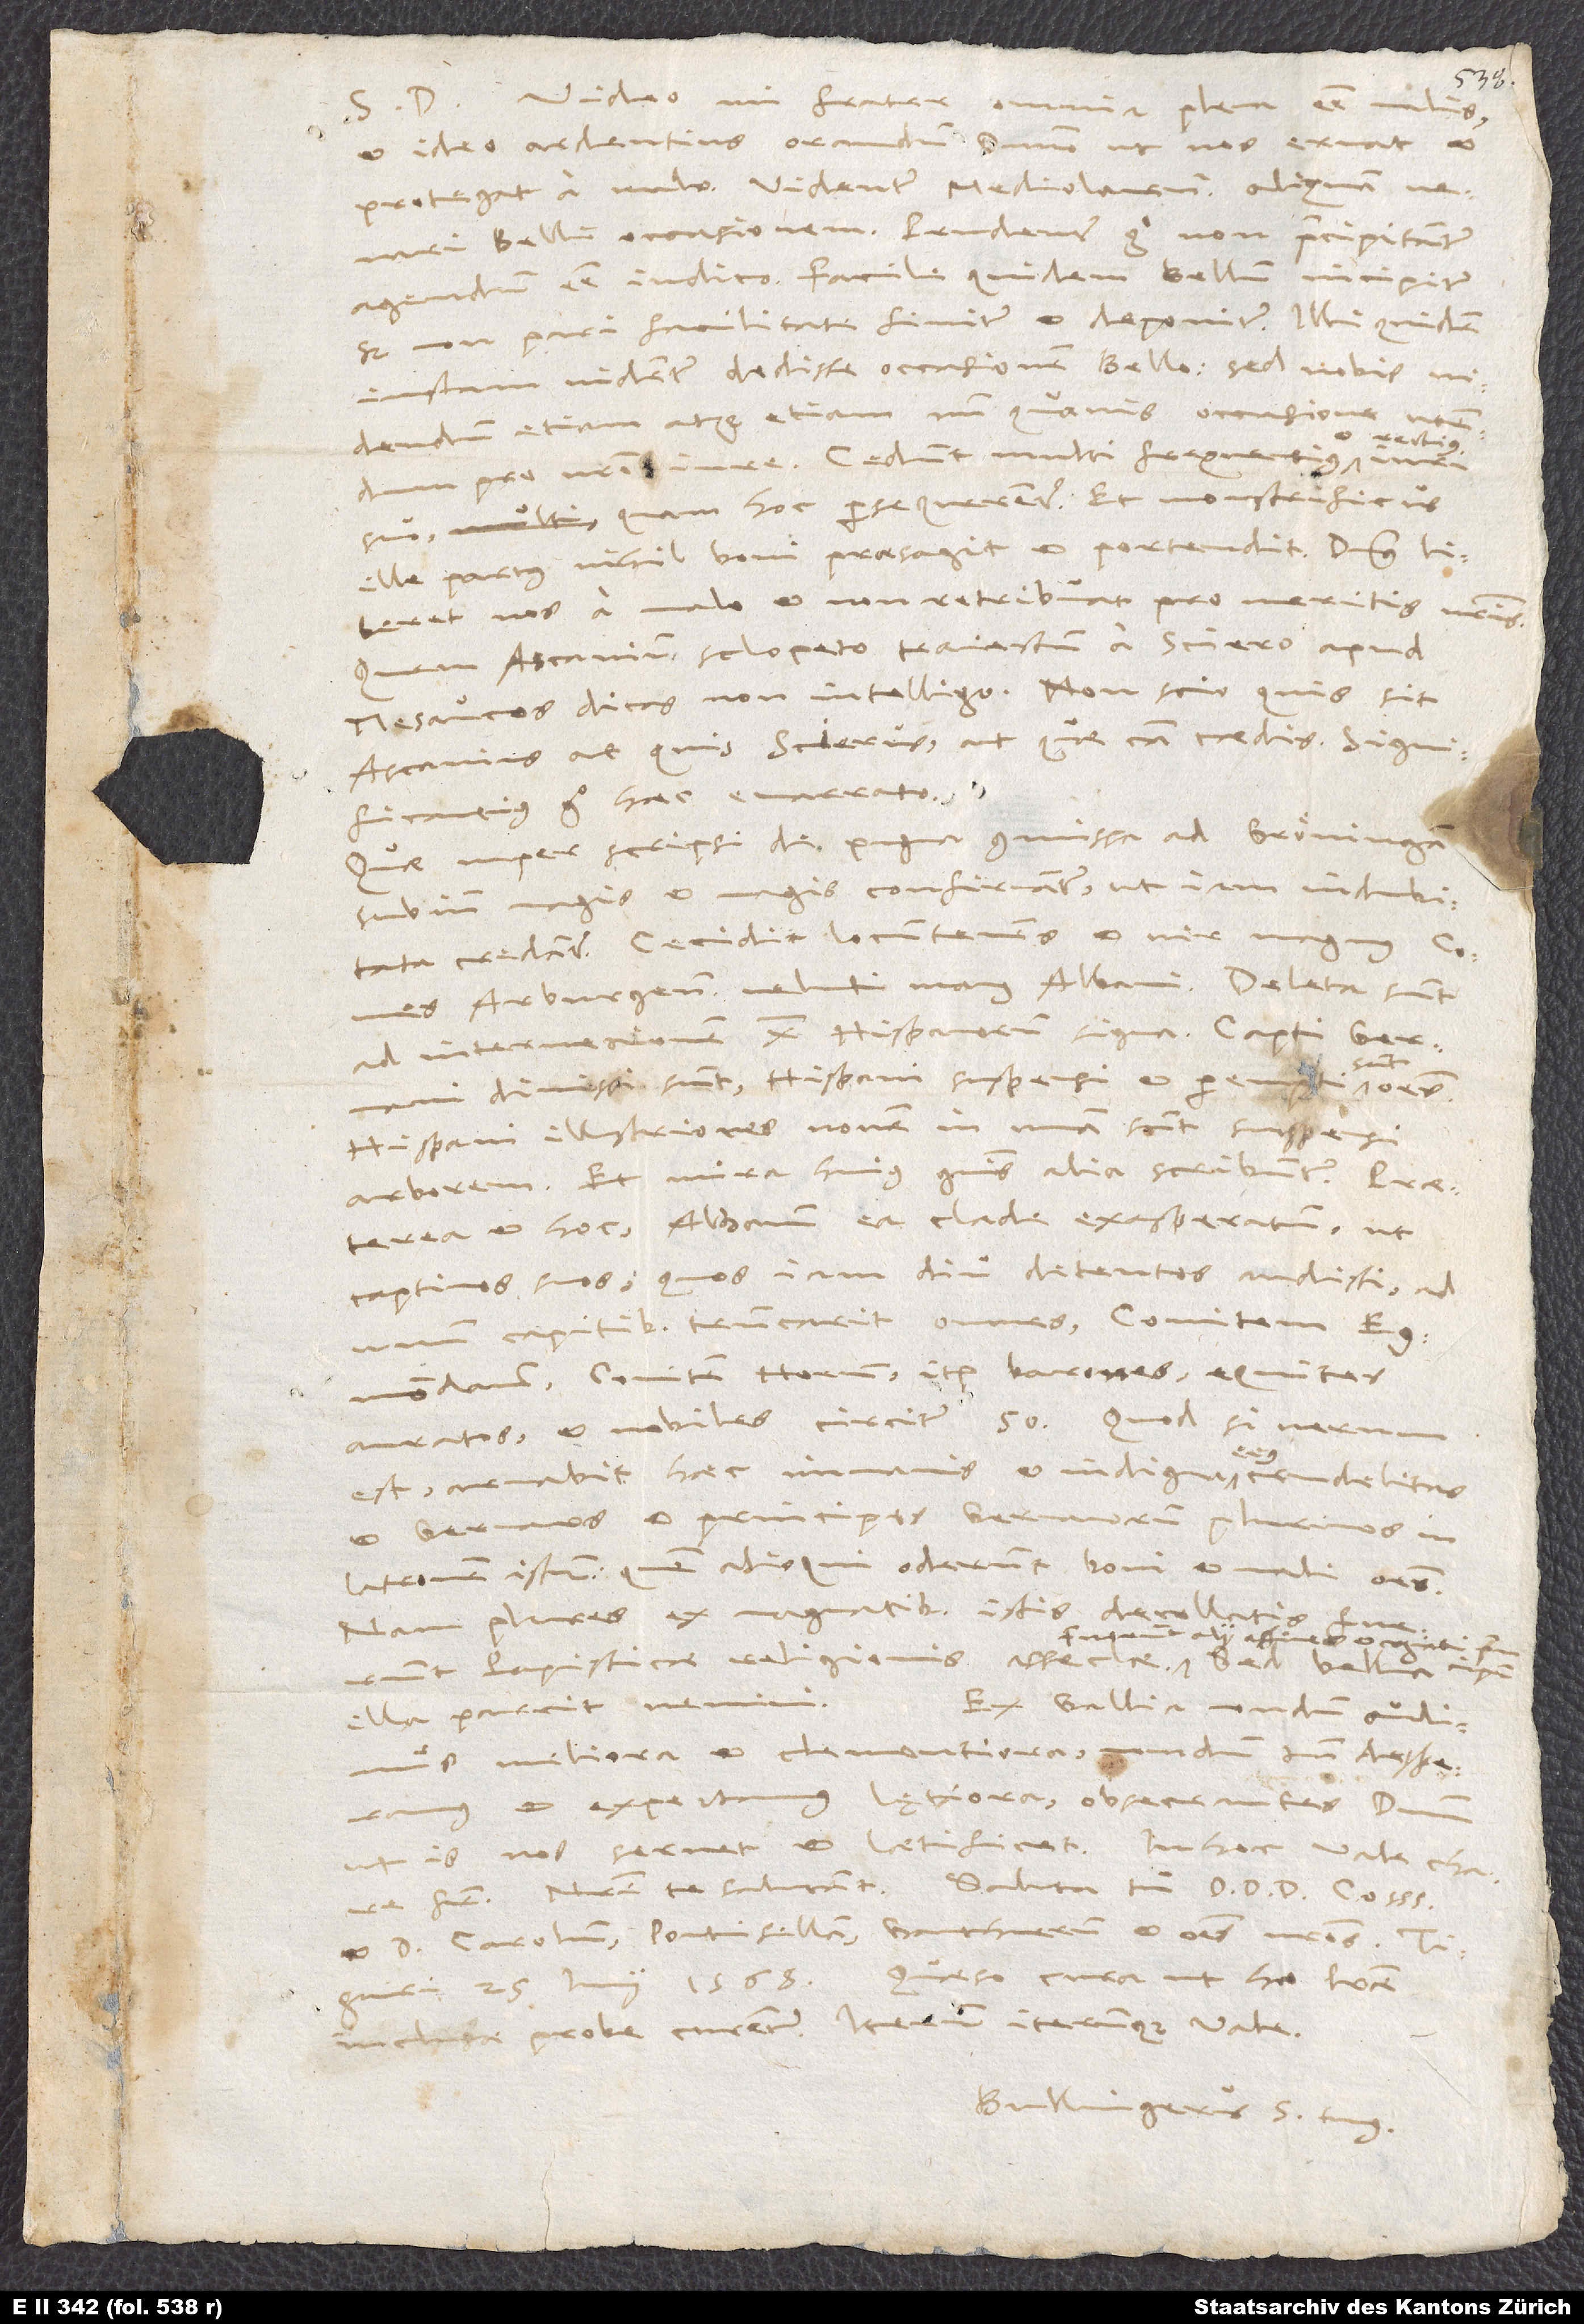
1568.
S. D. Video, mi frater, omnia plena esse malis
et ideo ardentius orandum dominum, ut nos exuat et
venari belli occasionem; prudenter ergo, non praecipitanter
sed non pari facilitate finitur et deponitur. Illi quidem
iustam videntur dedisse occasionem bello; sed vobis
videndum etiam atque etiam, num quavis occasione
pro vestro iure. Cedunt multi frequentius et rectius
suo, quam hoc persequerentur, et monstrificus
liberet nos a malo et non retribuat pro meritis nostris!
Quem Ascanium sclopeto traiectum a Sciero apud
Mesaucos dicas, non intelligo; non scio, quis sit
Ascanius aut quis Scierus aut quae ca caedis. Significantius
Quae nuper scripsi de pugna commissa ad Gröningam,
subinde magis et magis confirmantur, ut indubitata
Arburgensis, veluti manus Albani. Deleta sunt
ad internecionem 10 Hispanorum signa. Capti Germani
dimissi sunt; Hispani suspensi et perempti
Hispani illustriores novem in unam sunt suspensi
arborem. Et mira huius generis alia scribuntur, praeterea
captivos suos, quos iam diu detentos audisti, ad
truncarit omnes, comitem Egmondanum,
auratos et nobiles circiter 50. Quod si verum
est, armabit haec immanis et indigna eius crudelitas
et Germanos et principes Germanorum plurimos in
latronem istum, quem alioqui oderunt boni et mali omnes;
nam plures ex magnatibus istis decollatis fuerunt
fuerunt alii affines et cognati principum.
Ex Gallia nondum audimus
illa parcit nemini.
meliora et clementiora; nondum tamen desperamus
et expectamus lętiora obsecrantes dominum,
is nos servet et laetificet. In hoc vale, chare frater.
et d. Carolum, Pontisellam, Ganthnerum et omnes nostros.
inclusae probe curentur. Iterum iterumque vale.
Bullingerus s tuus.